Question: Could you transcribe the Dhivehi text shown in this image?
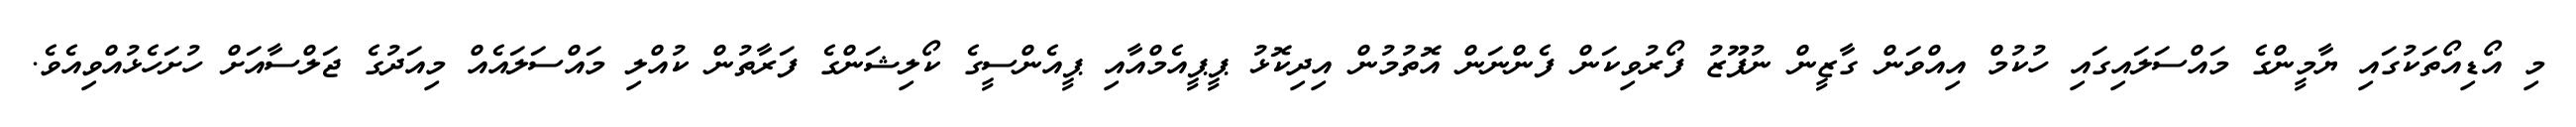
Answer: މި އޯޑިއޯތަކުގައި ޔާމީންގެ މައްސަލައިގައި ހުކުމް އިއްވަން ގާޒީން ނުފޫޒު ފޯރުވިކަން ފެންނަން އޮތުމުން އިދިކޮޅު ޕީޕީއެމްއާއި ޕީއެންސީގެ ކޯލިޝަންގެ ފަރާތުން ކުއްލި މައްސަލައެއް މިއަދުގެ ޖަލްސާއަށް ހުށަހެޅުއްވިއެވެ.